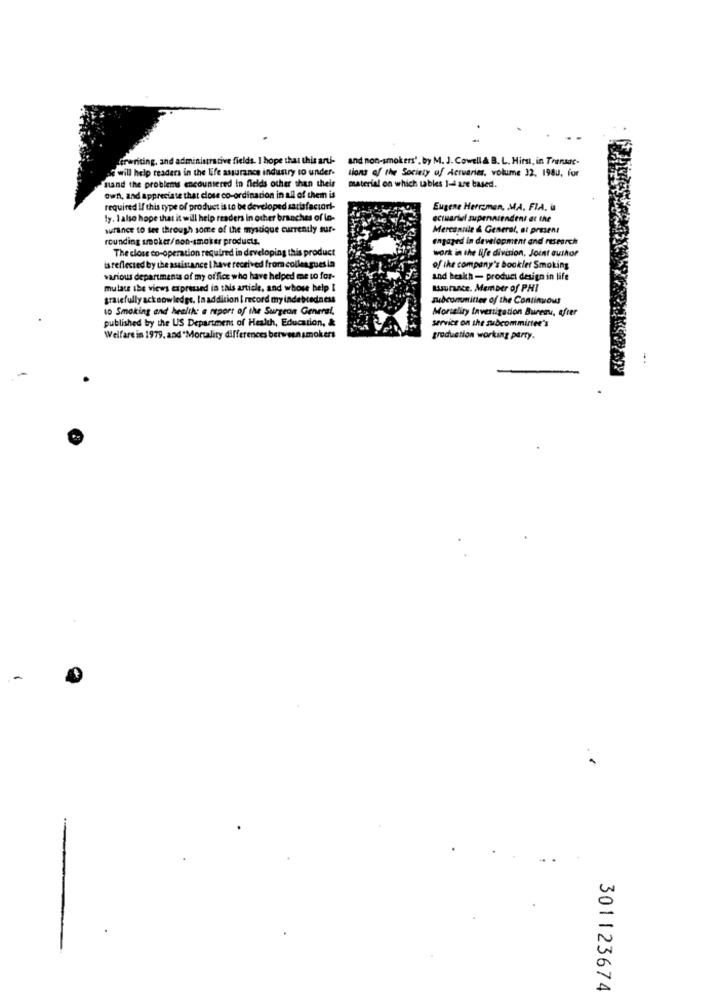
erwriting, and administrative fields. I hope that this arti-
and non-smokers'. by M. J. Cowell & B. L. Hirst, in Transac-
of will help readers in the life assurance industry to under-
tions of the Society of Actuaries, volume 32, 1980, for
mand the problems encountered in fields other than their
material on which tables 1- are based.
own, and appreciate that close co-ordination in all of them is
required If this type of product is to be developed satisfactor !-
Eugene Herreman, MA, FIA, U
ly. I also hope that it will help readers In other branches of lo-
actuarial supennrendent at the
afince to see through some of the mystique currently sur-
Mercantile & General, at present
rounding smoker/non-smoker products.
engaged in development and research
The close co-operation required in developing this product
work in the life division, Joint author
isreflected by the assistance I have received from colleagues la
of the company's booklet Smoking
various departments of my office who have helped me to for-
and health - product design in life
mulats the views expressed in this article, and whose help I
Isurance. Member of PHI
gracefully acknowledge. In addition I record my indebredness
subcommittee of the Continuous
10 Smoking and health: a report of the Surgeon General.
Mortality Investigation Bureau, after
published by the US Department of Health, Education, &
service on she subcommittee's
Welfare in 1979, and Mortality differences between smokers
production working party.
301123674